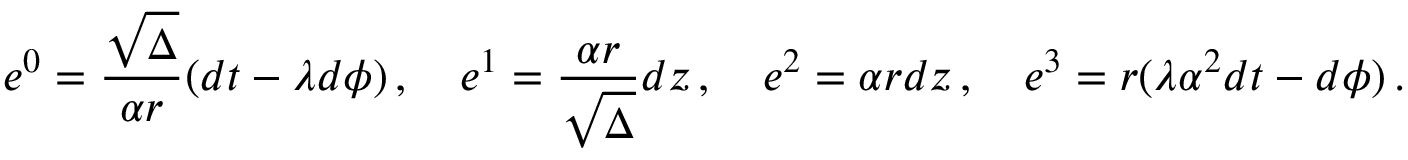
e ^ { 0 } = \frac { \sqrt \Delta } { \alpha r } ( d t - \lambda d \phi ) \, , \quad e ^ { 1 } = \frac { \alpha r } { \sqrt \Delta } d z \, , \quad e ^ { 2 } = \alpha r d z \, , \quad e ^ { 3 } = r ( \lambda \alpha ^ { 2 } d t - d \phi ) \, .